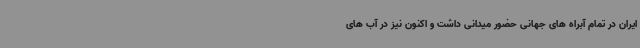
ایران در تمام آبراه های جهانی حضور میدانی داشت و اکنون نیز در آب های